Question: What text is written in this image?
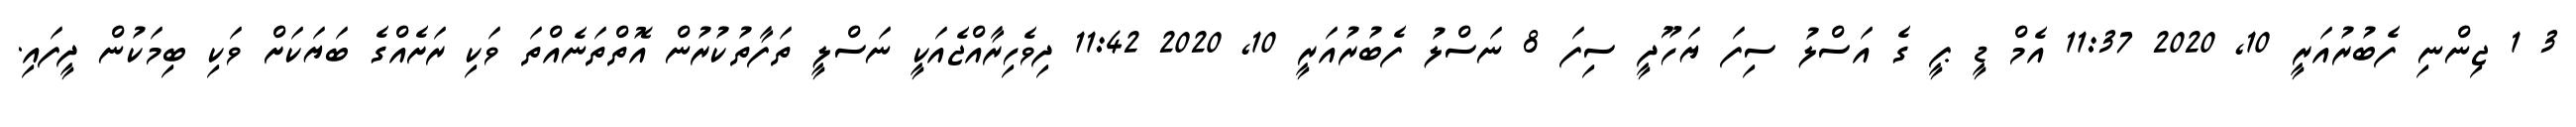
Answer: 3 1 ޖިންނި ފެބުރުއަރީ 10, 2020 11:37 އެމް ޑީ ޕީ ގެ އަސްލު ސިފަ ޔަހޫދީ ސިފަ 8 ނަސްލު ފެބުރުއަރީ 10, 2020 11:42 ދިވެހިރާއްޖެއަކީ ނަސްލީ ތަފާތުކުރުން އޮތްތަނެއްތަ ވަކި ރަށެއްގެ ބަޔަކަށް ވަކި ބިމަކުން ދީފައި.